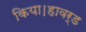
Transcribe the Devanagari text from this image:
किया।हावर्ड